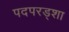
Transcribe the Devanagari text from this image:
पदपरड्शा